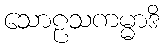
သောဠသကမ္မာဒိ